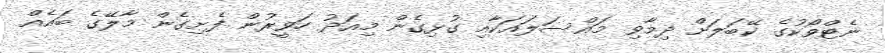
ނެޓްވޯކުގެ ކޭބަލަށް ދިމާވި މައްސަލައަކާއި ގުޅިގެން މިއަދު ހަވީރުން ފެށިގެން މާލޭގެ ބައެއް